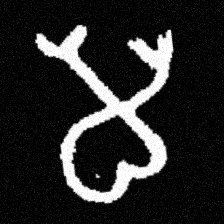
Pyu character \u2014 Myanmar letter: မ (romanized: ma)